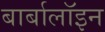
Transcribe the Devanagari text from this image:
बार्बालॉइन